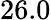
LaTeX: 26.0